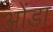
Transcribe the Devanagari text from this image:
ओंडा